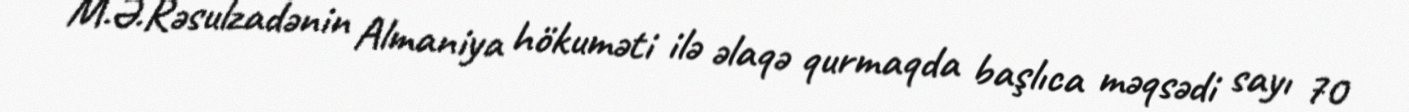
M.Ə.Rəsulzadənin Almaniya hökuməti ilə əlaqə qurmaqda başlıca məqsədi sayı 70